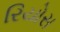
રિયોસ